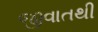
જીવાતથી